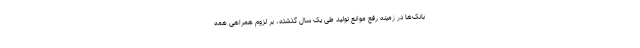
بانک‌ها در زمینه رفع موانع تولید طی یک سال گذشته، بر لزوم همراهی همه